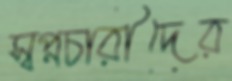
স্বপ্নচারীদের